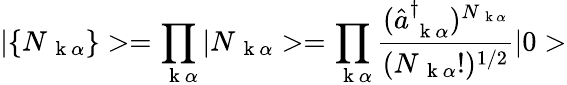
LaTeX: |\{ N_{\mathrm{~\mathbf~k~}\alpha}\} >=\prod_{\mathrm{~\mathbf~k~}\alpha}|N_{\mathrm{~\mathbf~k~}\alpha}>=\prod_{\mathrm{~\mathbf~k~}\alpha}\frac{(\hat{a}_{\mathrm{~\mathbf~k~}\alpha}^{\dagger})^{N_{\mathrm{~\mathbf~k~}\alpha}}}{(N_{\mathrm{~\mathbf~k~}\alpha}!)^{1/2}}|0>